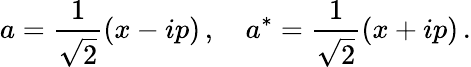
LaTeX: a=\frac{1}{\sqrt{2}}(x-ip)\, ,~~~~a^{*}=\frac{1}{\sqrt{2}}(x+ip)\, .